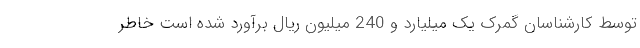
توسط کارشناسان گمرک یک میلیارد و 240 میلیون ریال برآورد شده است خاطر